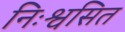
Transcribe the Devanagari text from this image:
निःश्वसित